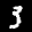
Label: 3